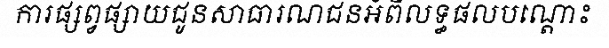
ការផ្សព្វផ្សាយជូនសាធារណជនអំពីលទ្ធផលបណ្តោះ